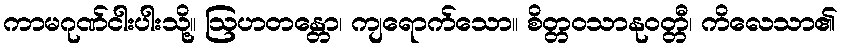
ကာမဂုဏ်ငါးပါးသို့။ ဩဟတန္တော၊ ကျရောက်သော။ စိတ္တဝသာနုဝတ္တီ၊ ကိလေသာ၏